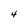
Character: 4